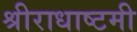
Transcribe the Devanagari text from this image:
श्रीराधाष्टमी